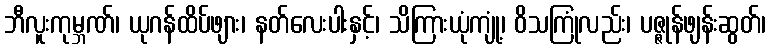
ဘီလူးကုမ္ဘဏ်၊ ယုဂန်ထိပ်ဖျား၊ နတ်လေးပါးနှင့်၊ သိကြားယုံကျုံ့၊ ဝိသကြုံလည်း၊ ပဇ္ဇုန်ဖျန်းဆွတ်၊